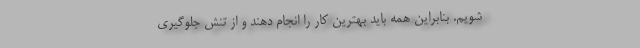
شویم. بنابراین همه باید بهترین کار را انجام دهند و از تنش جلوگیری